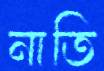
নাতি